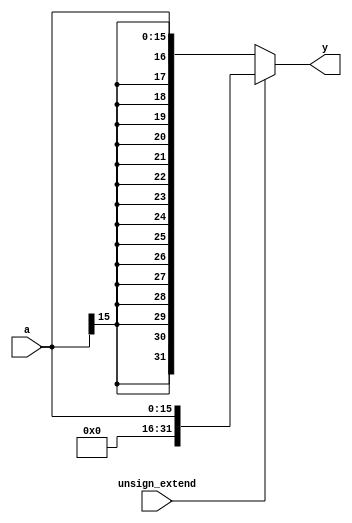
module extend_control(
	input wire unsign_extend,
	input wire[15:0] a,
	output wire[31:0] y
    );
	
	assign y = (unsign_extend)?{16'b0, a}:{{16{a[15]}}, a};
endmodule